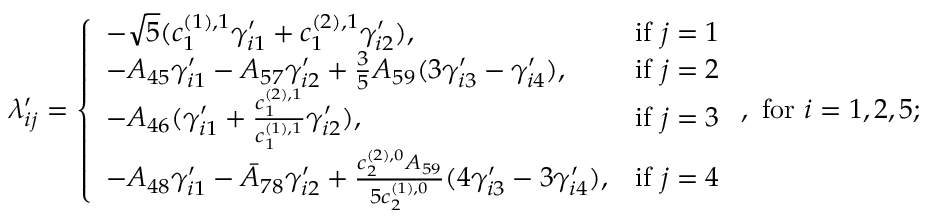
\lambda _ { i j } ^ { \prime } = \left\{ \begin{array} { l l } { - \sqrt { 5 } ( c _ { 1 } ^ { ( 1 ) , 1 } \gamma _ { i 1 } ^ { \prime } + c _ { 1 } ^ { ( 2 ) , 1 } \gamma _ { i 2 } ^ { \prime } ) , } & { \mathrm { i f ~ } j = 1 } \\ { - A _ { 4 5 } \gamma _ { i 1 } ^ { \prime } - A _ { 5 7 } \gamma _ { i 2 } ^ { \prime } + \frac { 3 } { 5 } A _ { 5 9 } ( 3 \gamma _ { i 3 } ^ { \prime } - \gamma _ { i 4 } ^ { \prime } ) , } & { \mathrm { i f ~ } j = 2 } \\ { - A _ { 4 6 } ( \gamma _ { i 1 } ^ { \prime } + \frac { c _ { 1 } ^ { ( 2 ) , 1 } } { c _ { 1 } ^ { ( 1 ) , 1 } } \gamma _ { i 2 } ^ { \prime } ) , } & { \mathrm { i f ~ } j = 3 } \\ { - A _ { 4 8 } \gamma _ { i 1 } ^ { \prime } - \bar { A } _ { 7 8 } \gamma _ { i 2 } ^ { \prime } + \frac { c _ { 2 } ^ { ( 2 ) , 0 } A _ { 5 9 } } { 5 c _ { 2 } ^ { ( 1 ) , 0 } } ( 4 \gamma _ { i 3 } ^ { \prime } - 3 \gamma _ { i 4 } ^ { \prime } ) , } & { \mathrm { i f ~ } j = 4 } \end{array} \right. , \mathrm { ~ f o r ~ } i = 1 , 2 , 5 ;